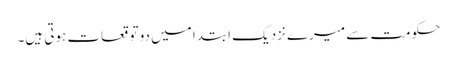
حکومت سے میرے نزدیک ابتدا میں دو توقعات ہوتی ہیں۔